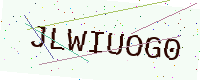
Text: JLWIUOG0